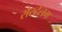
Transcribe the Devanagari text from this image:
रोस्टेलम